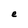
Character: e